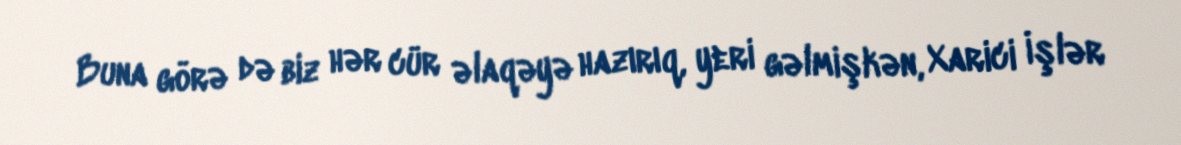
Buna görə də biz hər cür əlaqəyə hazırıq, yeri gəlmişkən, Xarici İşlər